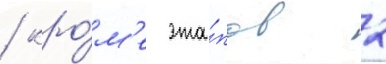
/ кро́м'е эта́пов 2